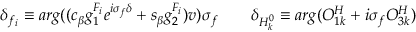
\delta _ { f _ { i } } \equiv a r g ( ( c _ { \beta } g _ { 1 } ^ { F _ { i } } e ^ { i \sigma _ { f } \delta } + s _ { \beta } g _ { 2 } ^ { F _ { i } } ) v ) \sigma _ { f } \qquad \delta _ { H _ { k } ^ { 0 } } \equiv a r g ( O _ { 1 k } ^ { H } + i \sigma _ { f } O _ { 3 k } ^ { H } )